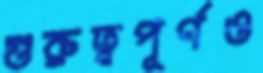
গুরুত্বপূর্ণও